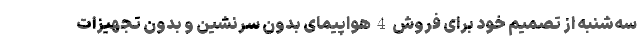
سه‌شنبه از تصمیم خود برای فروش 4 هواپیمای بدون سرنشین و بدون تجهیزات